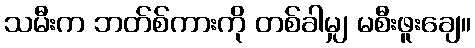
သမီးက ဘတ်စ်ကားကို တစ်ခါမျှ မစီးဖူးချေ။